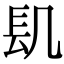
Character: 𨱙